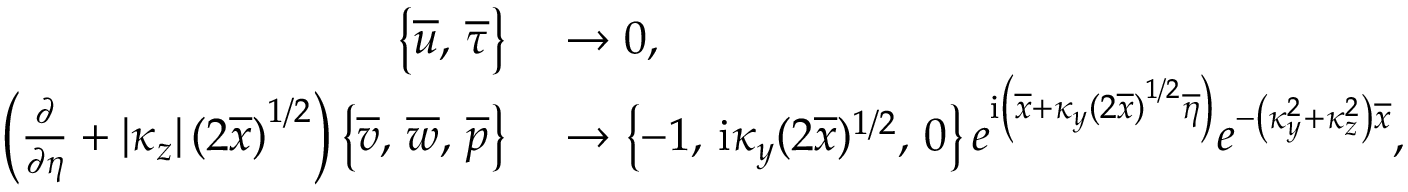
\begin{array} { r l } { \left\lbrace \overline { { u } } , \, \overline { { \tau } } \right\rbrace } & { { } \rightarrow 0 , } \\ { \left( \frac { \partial } { \partial \eta } + \left\vert { \kappa _ { z } } \right\vert \left( 2 \overline { { x } } \right) ^ { 1 / 2 } \right) \left\lbrace \overline { { v } } , \, \overline { { w } } , \, \overline { { p } } \right\rbrace } & { { } \rightarrow \left\lbrace - 1 , \, \mathrm { i } \kappa _ { y } ( 2 \overline { { x } } ) ^ { 1 / 2 } , \, 0 \right\rbrace e ^ { \mathrm { i } \left( \overline { { x } } + \kappa _ { y } \left( 2 \overline { { x } } \right) ^ { 1 / 2 } \overline { { \eta } } \right) } e ^ { - \left( \kappa _ { y } ^ { 2 } + \kappa _ { z } ^ { 2 } \right) \overline { { x } } } , } \end{array}